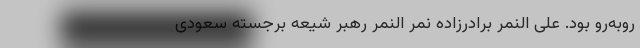
روبه‌رو بود. علی النمر برادرزاده نمر النمر رهبر شیعه برجسته سعودی